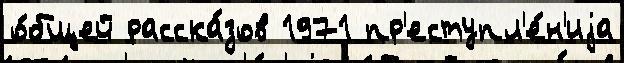
о́бщей расска́зов 1971 пр'еступл'е́н'иjа